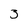
Character: 3